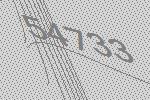
54733